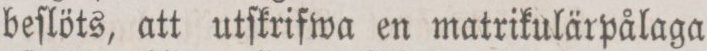
beſlöts, att utſkrifwa en matrikulärpålaga